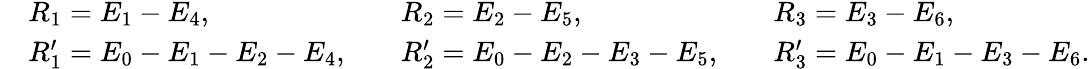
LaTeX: \begin{array}{rlrlrl}&{R_{1}=E_{1}-E_{4},}&&{R_{2}=E_{2}-E_{5},}&&{R_{3}=E_{3}-E_{6},}\\ &{R_{1}^{\prime}=E_{0}-E_{1}-E_{2}-E_{4},}&&{R_{2}^{\prime}=E_{0}-E_{2}-E_{3}-E_{5},}&&{R_{3}^{\prime}=E_{0}-E_{1}-E_{3}-E_{6}.}\end{array}